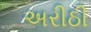
અરીઠી